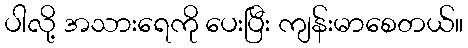
ပါလို့ အသားရေကို ပေးပြီး ကျန်းမာစေတယ်။